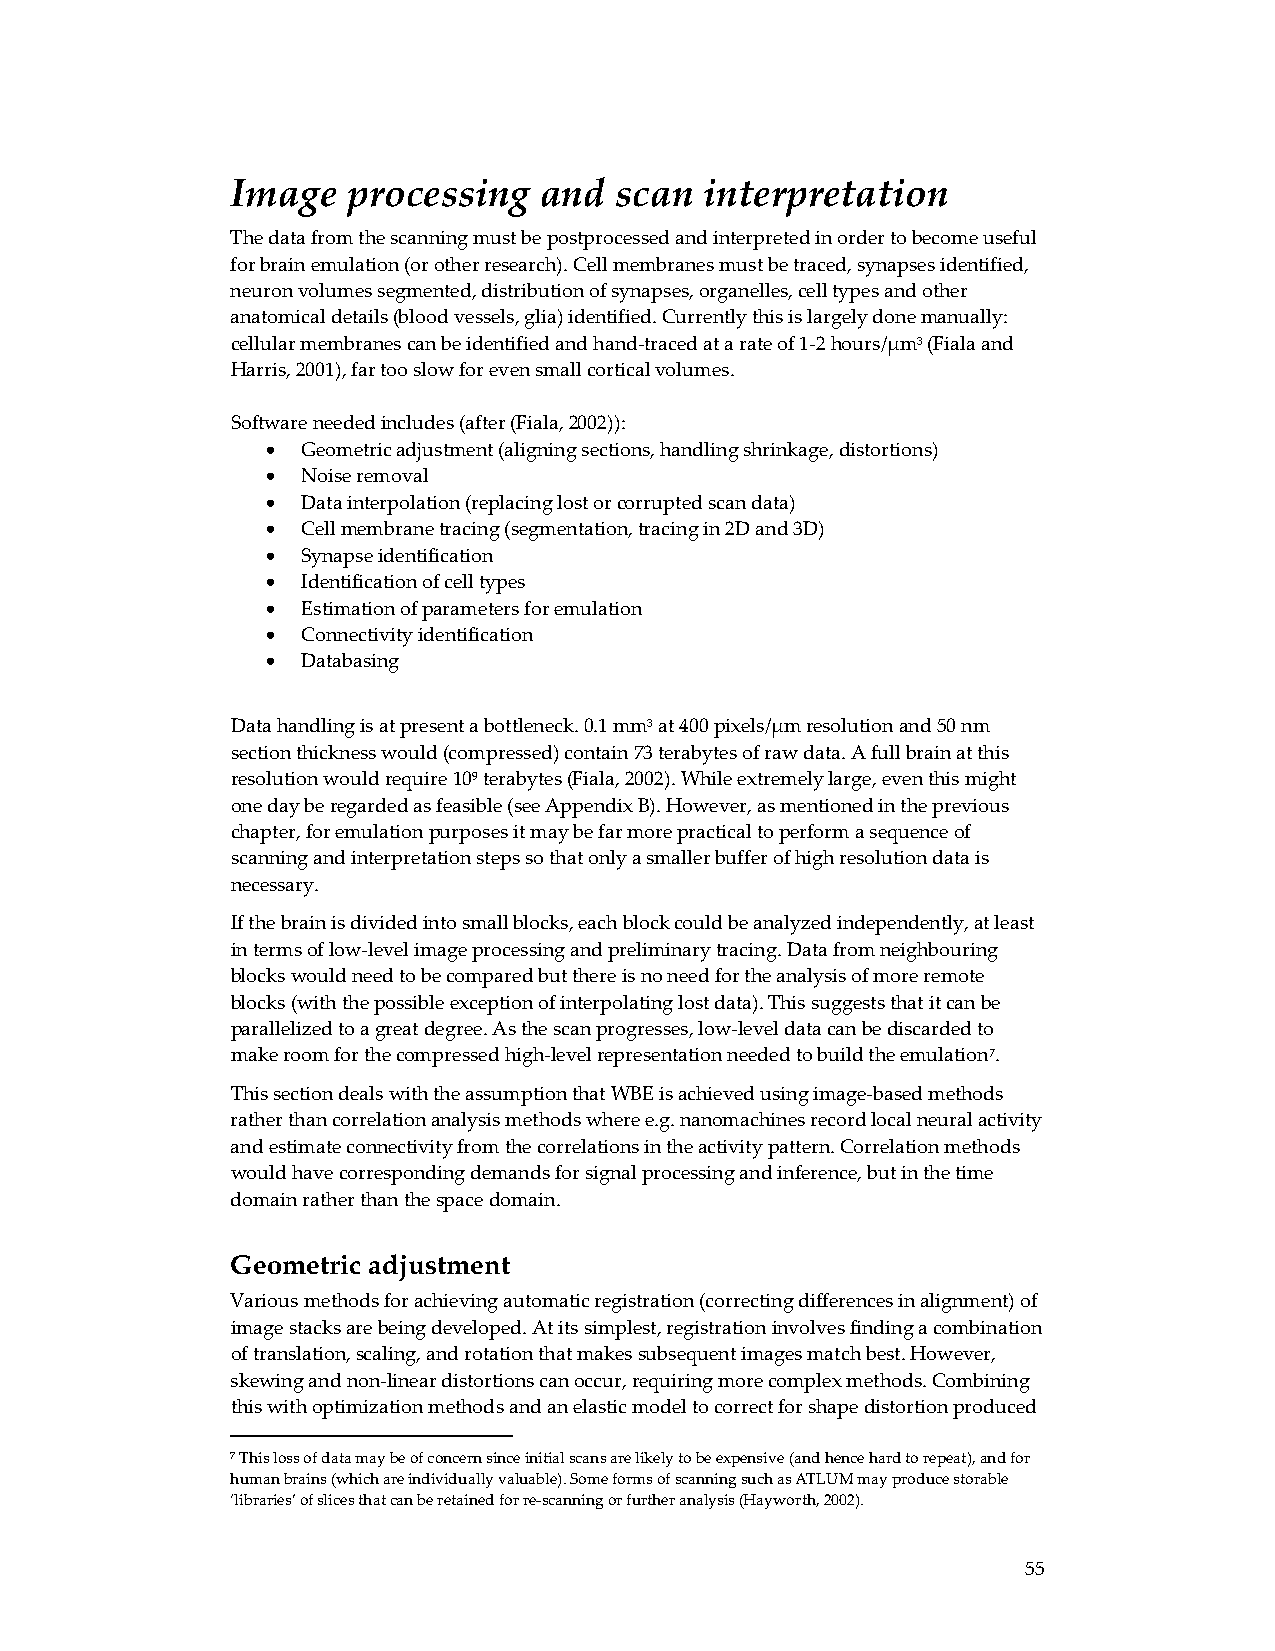
Image   processing   and  scan  interpretation
 The data from the scanning must be postprocessed and interpreted in order to become useful
 for brain emulation (or other research). Cell membranes must be traced, synapses identified,
 neuron volumes segmented, distribution of synapses, organelles, cell types and other
 anatomical details (blood vessels, glia) identified. Currently this is largely done manually:
 cellular membranes can be identified and hand‐traced at a rate of 1‐2 hours/μm3 (Fiala and
 Harris, 2001), far too slow for even small cortical volumes.
 Software needed includes (after (Fiala, 2002)):
 • Geometric adjustment (aligning sections, handling shrinkage, distortions)
 • Noise removal
 • Data interpolation (replacing lost or corrupted scan data)
 • Cell membrane tracing (segmentation, tracing in 2D and 3D)
 • Synapse identification
 • Identification of cell types
 • Estimation of parameters for emulation
 • Connectivity identification
 • Databasing
 Data handling is at present a bottleneck. 0.1 mm3 at 400 pixels/μm resolution and 50 nm
 section thickness would (compressed) contain 73 terabytes of raw data. A full brain at this
 resolution would require 109 terabytes (Fiala, 2002). While extremely large, even this might
 one day be regarded as feasible (see Appendix B). However, as mentioned in the previous
 chapter, for emulation purposes it may be far more practical to perform a sequence of
 scanning and interpretation steps so that only a smaller buffer of high resolution data is
 necessary.
 If the brain is divided into small blocks, each block could be analyzed independently, at least
 in terms of low‐level image processing and preliminary tracing. Data from neighbouring
 blocks would need to be compared but there is no need for the analysis of more remote
 blocks (with the possible exception of interpolating lost data). This suggests that it can be
 parallelized to a great degree. As the scan progresses, low‐level data can be discarded to
 make room for the compressed high‐level representation needed to build the emulation7.
 This section deals with the assumption that WBE is achieved using image‐based methods
 rather than correlation analysis methods where e.g. nanomachines record local neural activity
 and estimate connectivity from the correlations in the activity pattern. Correlation methods
 would have corresponding demands for signal processing and inference, but in the time
 domain rather than the space domain.
 Geometric adjustment
 Various methods for achieving automatic registration (correcting differences in alignment) of
 image stacks are being developed. At its simplest, registration involves finding a combination
 of translation, scaling, and rotation that makes subsequent images match best. However,
 skewing and non‐linear distortions can occur, requiring more complex methods. Combining
 this with optimization methods and an elastic model to correct for shape distortion produced
 7 This loss of data may be of concern since initial scans are likely to be expensive (and hence hard to repeat), and for
 human brains (which are individually valuable). Some forms of scanning such as ATLUM may produce storable
 ‘libraries’ of slices that can be retained for re‐scanning or further analysis (Hayworth, 2002).
 55